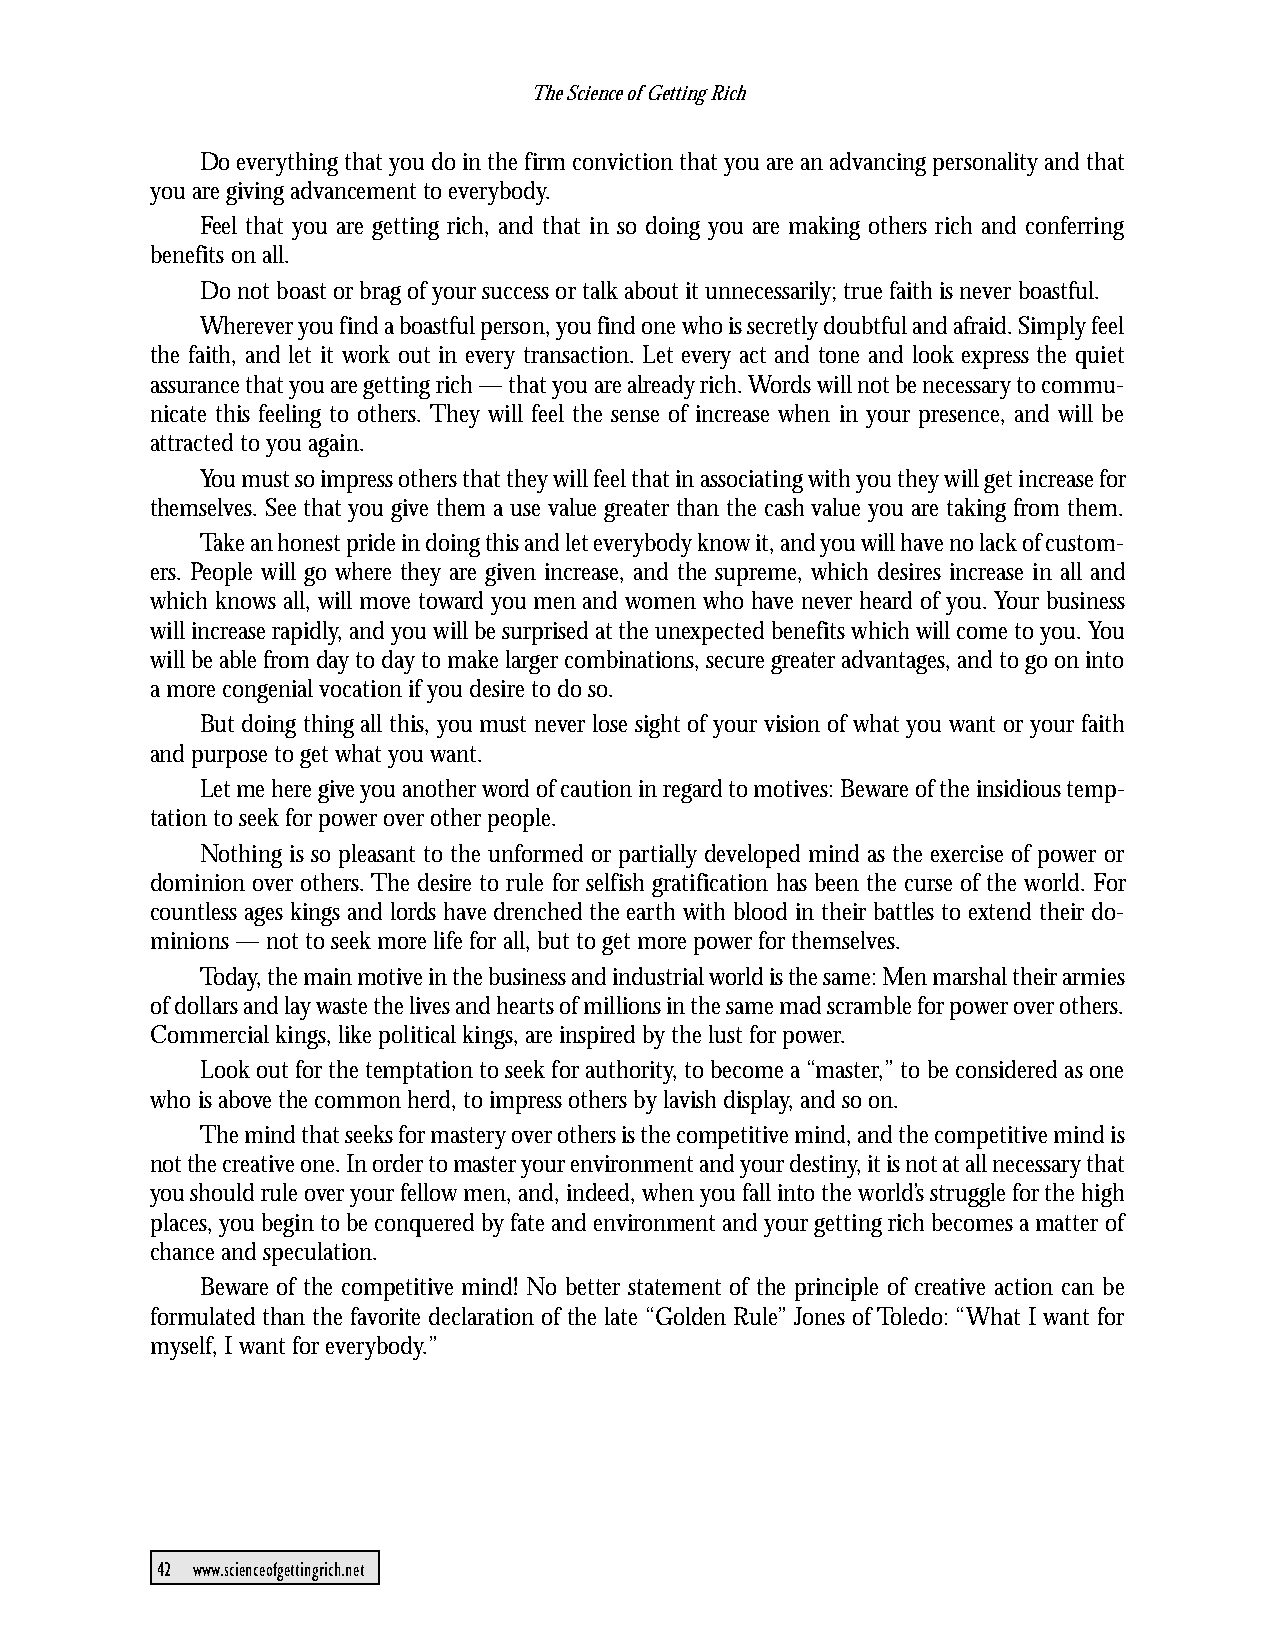
The Science of Getting Rich
 Do everything that you do in the firm conviction that you are an advancing personality and that
 you are giving advancement to everybody.
 Feel that you are getting rich, and that in so doing you are making others rich and conferring
 benefits on all.
 Do not boast or brag of your success or talk about it unnecessarily; true faith is never boastful.
 Wherever you find a boastful person, you find one who is secretly doubtful and afraid. Simply feel
 the faith, and let it work out in every transaction. Let every act and tone and look express the quiet
 assurance that you are getting rich — that you are already rich. Words will not be necessary to commu-
 nicate this feeling to others. They will feel the sense of increase when in your presence, and will be
 attracted to you again.
 You must so impress others that they will feel that in associating with you they will get increase for
 themselves. See that you give them a use value greater than the cash value you are taking from them.
 Take an honest pride in doing this and let everybody know it, and you will have no lack of custom-
 ers. People will go where they are given increase, and the supreme, which desires increase in all and
 which knows all, will move toward you men and women who have never heard of you. Your business
 will increase rapidly, and you will be surprised at the unexpected benefits which will come to you. You
 will be able from day to day to make larger combinations, secure greater advantages, and to go on into
 a more congenial vocation if you desire to do so.
 But doing thing all this, you must never lose sight of your vision of what you want or your faith
 and purpose to get what you want.
 Let me here give you another word of caution in regard to motives: Beware of the insidious temp-
 tation to seek for power over other people.
 Nothing is so pleasant to the unformed or partially developed mind as the exercise of power or
 dominion over others. The desire to rule for selfish gratification has been the curse of the world. For
 countless ages kings and lords have drenched the earth with blood in their battles to extend their do-
 minions — not to seek more life for all, but to get more power for themselves.
 Today, the main motive in the business and industrial world is the same: Men marshal their armies
 of dollars and lay waste the lives and hearts of millions in the same mad scramble for power over others.
 Commercial kings, like political kings, are inspired by the lust for power.
 Look out for the temptation to seek for authority, to become a “master,” to be considered as one
 who is above the common herd, to impress others by lavish display, and so on.
 The mind that seeks for mastery over others is the competitive mind, and the competitive mind is
 not the creative one. In order to master your environment and your destiny, it is not at all necessary that
 you should rule over your fellow men, and, indeed, when you fall into the world’s struggle for the high
 places, you begin to be conquered by fate and environment and your getting rich becomes a matter of
 chance and speculation.
 Beware of the competitive mind! No better statement of the principle of creative action can be
 formulated than the favorite declaration of the late “Golden Rule” Jones of Toledo: “What I want for
 myself, I want for everybody.”
 42 www.scienceofgettingrich.net